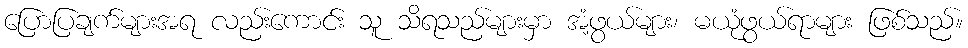
ပြောပြချက်များအရ လည်းကောင်း သူ သိရသည်များမှာ အံ့ဖွယ်များ၊ မယုံဖွယ်ရာများ ဖြစ်သည်။